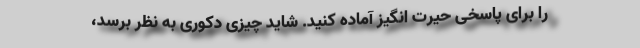
را برای پاسخی حیرت انگیز آماده کنید. شاید چیزی دکوری به نظر برسد،